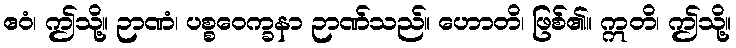
ဧဝံ၊ ဤသို့။ ဉာဏံ၊ ပစ္စဝေက္ခနာ ဉာဏ်သည်။ ဟောတိ၊ ဖြစ်၏။ ဣတိ၊ ဤသို့။